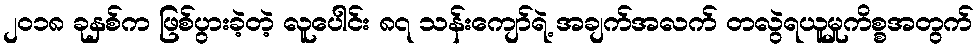
၂၀၁၈ ခုနှစ်က ဖြစ်ပွားခဲ့တဲ့ လူပေါင်း ၈၇ သန်းကျော်ရဲ့ အချက်အလက် တလွဲရယူမှုကိစ္စအတွက်